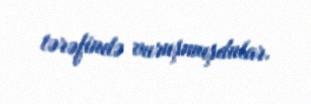
tərəfində vuruşmuşdular.